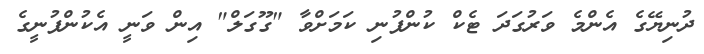
ދުނިޔޭގެ އެންމެ ވަރުގަދަ ޓެކް ކުންފުނި ކަމަށްވާ "ގޫގަލް" އިން ވަނީ އެކުންފުނީގެ